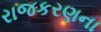
રાજકરણના